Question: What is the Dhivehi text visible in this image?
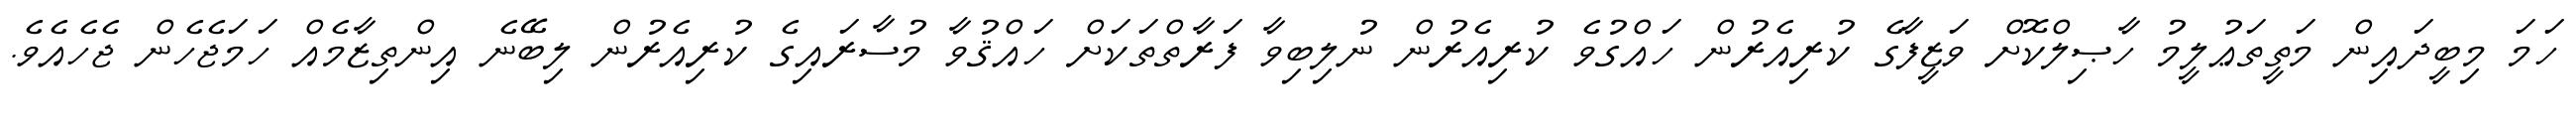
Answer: ހަމަ މިބީދައިން މަތީތަޢުލީމު ހާޞިލްކޮށް ވަޒީފާގެ ކުރިއެރުން ހައްގުވެ ކުރިއެރުން ނުލިބިވާ ފަރާތްތަކަށް ހައްޤުވާ މުސާރައިގެ ކުރިއެރުން ލިބޭނެ އިންތިޒާމެއް ހަމަޖެހެން ޖެހެއެވެ.